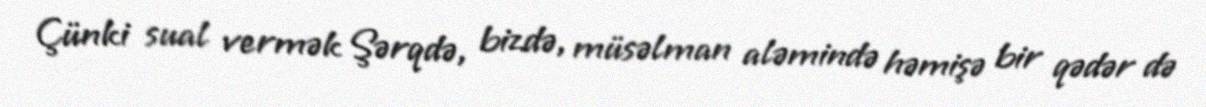
Çünki sual vermək Şərqdə, bizdə, müsəlman aləmində həmişə bir qədər də